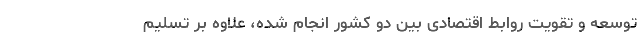
توسعه و تقویت روابط اقتصادی بین دو کشور انجام شده، علاوه بر تسلیم